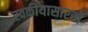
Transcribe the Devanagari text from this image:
स्वकीयासारखे